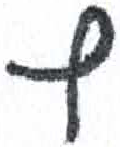
אות: ף